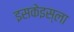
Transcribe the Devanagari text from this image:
इसकेइस्ला